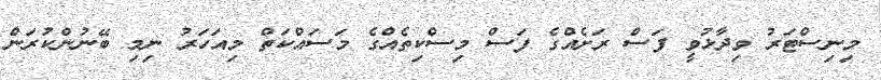
މިނިސްޓަރު ވިދާޅުވީ ފަސް ރަށެއްގެ ފަސް މިސްކިތެއްގެ މަސައްކަތް މިއަހަރު ނިމި ބޭނުންކުރަން